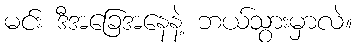
မင်း ဒီအခြေအနေနဲ့ ဘယ်သွားမှာလဲ။